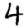
Digit: 4